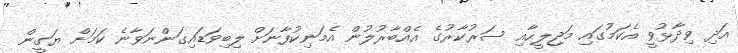
އަދި ވިދާޅުވީ އެކަމުގައި މަޖިލީހާއި ސަރުކާރުގެ އެއްބާރުލުން އެމަނިކުފާނަށް ލިބިވަޑައިގަންނަވާނެ ކަމަށް ޔަގީން